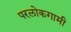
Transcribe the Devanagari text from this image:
परलोकगामी